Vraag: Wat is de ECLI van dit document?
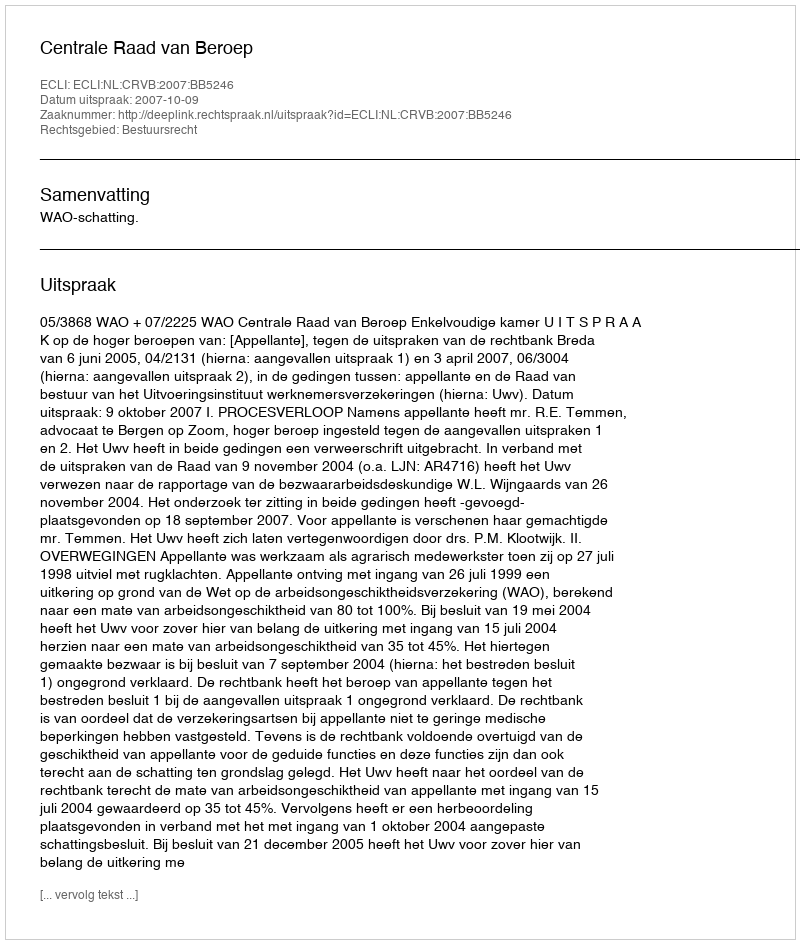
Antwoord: ECLI:NL:CRVB:2007:BB5246